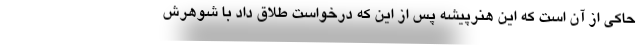
حاکی از آن است که این هنرپیشه پس از این که درخواست طلاق داد با شوهرش